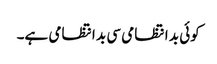
کوئی بد انتظامی سی بد انتظامی ہے۔